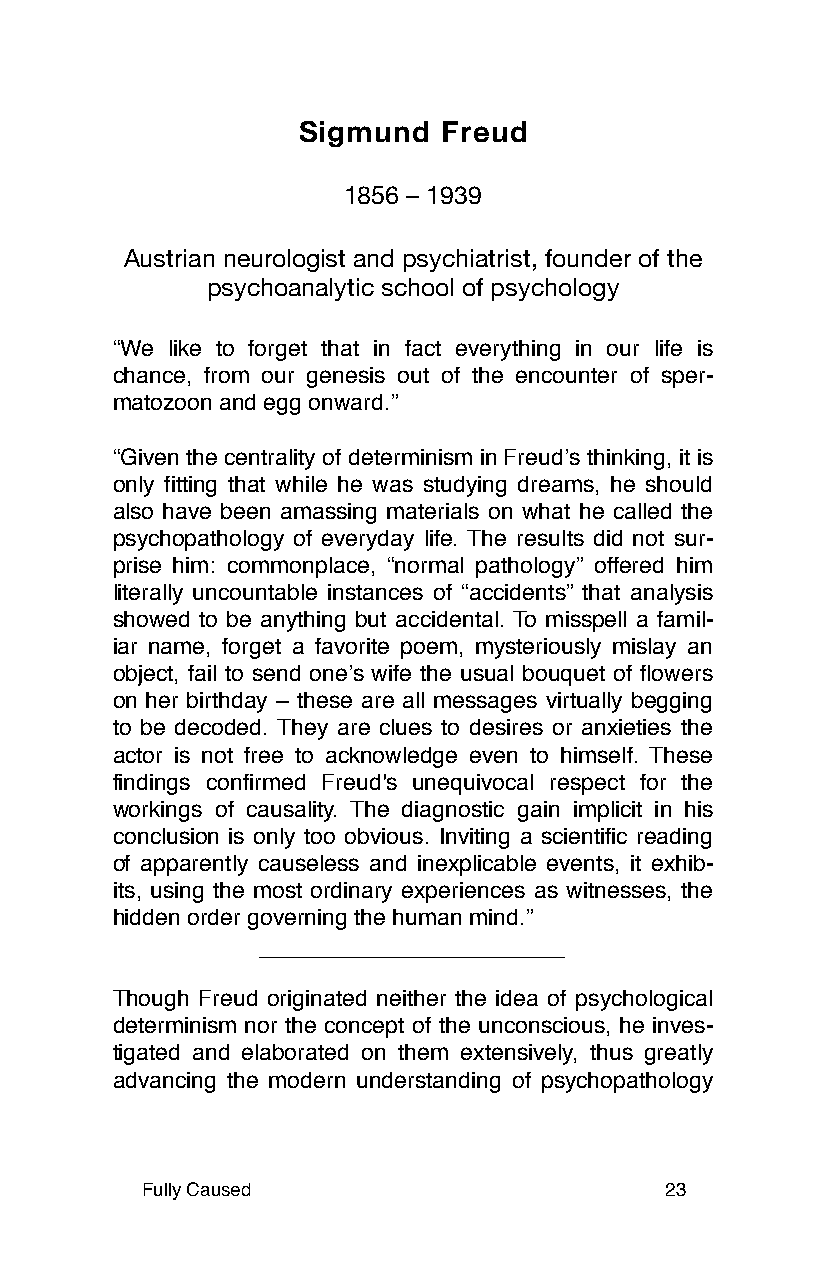
Sigmund  Freud
 1856 – 1939
 Austrian neurologist and psychiatrist, founder of the
 psychoanalytic school of psychology
 “We like to forget that in fact everything in our life is
 chance, from our genesis out of the encounter of sper-
 matozoon and egg onward.”
 “Given the centrality of determinism in Freudʼs thinking, it is
 only fitting that while he was studying dreams, he should
 also have been amassing materials on what he called the
 psychopathology of everyday life. The results did not sur-
 prise him: commonplace, “normal pathology” offered him
 literally uncountable instances of “accidents” that analysis
 showed to be anything but accidental. To misspell a famil-
 iar name, forget a favorite poem, mysteriously mislay an
 object, fail to send oneʼs wife the usual bouquet of flowers
 on her birthday – these are all messages virtually begging
 to be decoded. They are clues to desires or anxieties the
 actor is not free to acknowledge even to himself. These
 findings confirmed Freud's unequivocal respect for the
 workings of causality. The diagnostic gain implicit in his
 conclusion is only too obvious. Inviting a scientific reading
 of apparently causeless and inexplicable events, it exhib-
 its, using the most ordinary experiences as witnesses, the
 hidden order governing the human mind.”
 Though Freud originated neither the idea of psychological
 determinism nor the concept of the unconscious, he inves-
 tigated and elaborated on them extensively, thus greatly
 advancing the modern understanding of psychopathology
 Fully Caused                       23